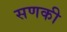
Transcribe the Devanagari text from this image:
सणकी